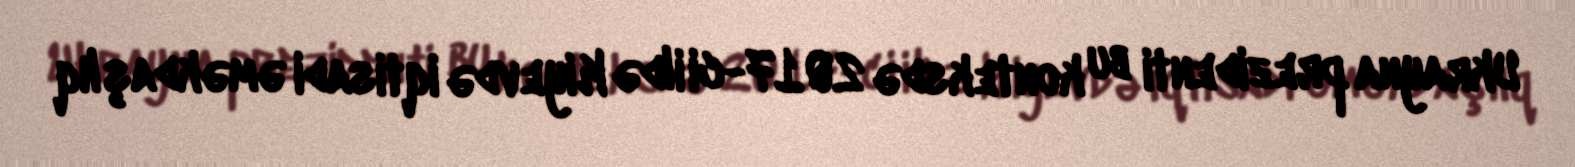
Ukrayna prezidenti bu konteksdə 2017-ci ildə Kiyevdə iqtisadi əməkdaşlıq